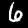
Label: 6